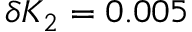
\delta { K _ { 2 } } = 0 . 0 0 5